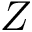
Z